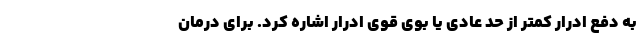
به دفع ادرار کمتر از حد عادی یا بوی قوی ادرار اشاره کرد. برای درمان